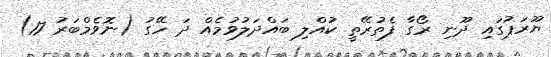
ޔޫރަޕުގައި ދޫނި ރޯގާ ފެތުރޭތީ ކުއްލި ބައްދަލުވުމެއް ދަ ހޭގު (ނޮވެމްބަރު 17)